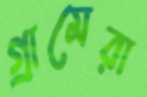
গ্রামেরা